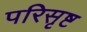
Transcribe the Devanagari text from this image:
परिसृष्ट